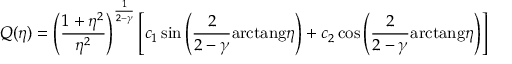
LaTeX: Q ( \eta ) = \left( { \frac { 1 + \eta ^ { 2 } } { \eta ^ { 2 } } } \right) ^ { \frac { 1 } { 2 - \gamma } } \left[ c _ { 1 } \sin \left( { \frac { 2 } { 2 - \gamma } } \mathrm { { a r c t a n g } } \eta \right) + c _ { 2 } \cos \left( { \frac { 2 } { 2 - \gamma } } { \mathrm { a r c t a n g } } \eta \right) \right]